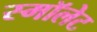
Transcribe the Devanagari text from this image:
स्मॉलेट